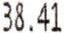
38.41